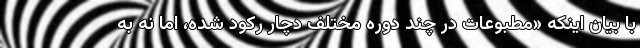
با بیان اینکه «مطبوعات در چند دوره مختلف دچار رکود شده، اما نه به